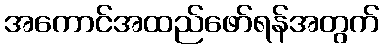
အကောင်အထည်ဖော်ရန်အတွက်